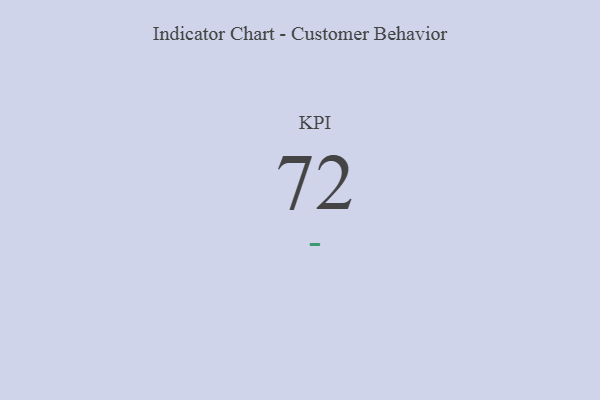
{"axis": {"x": "KPI", "y": "Value"}, "legend": [""], "data": [{"x": "KPI", "y": 72, "type": ""}]}